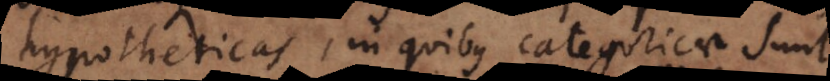
hypotheticas, in quibus categoricae sunt